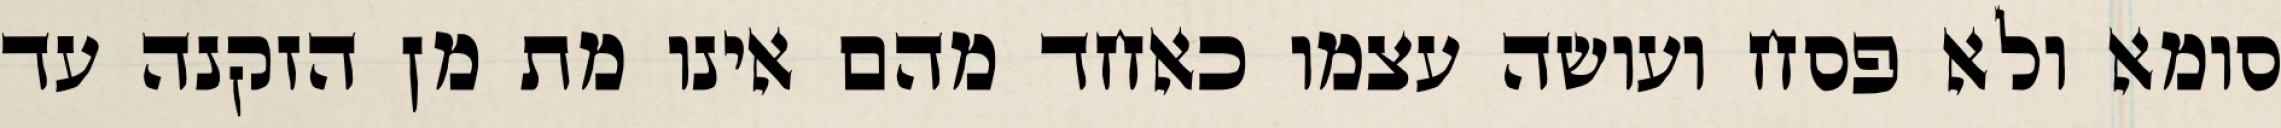
סומא ולא פסח ועושה עצמו כאחד מהם אינו מת מן הזקנה עד